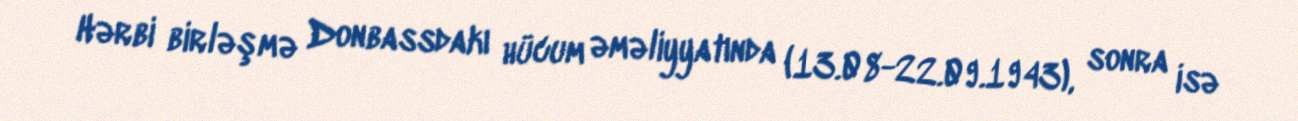
Hərbi birləşmə Donbassdakı hücum əməliyyatında (13.08-22.09.1943), sonra isə